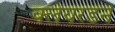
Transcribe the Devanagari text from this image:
क्लेयरडन